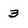
Character: 3